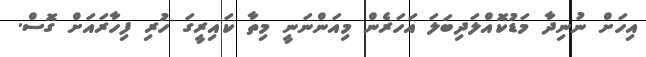
އިހަށް ނުނިދާ މަޑުކޮއްލަދިބަލަ އަހަރެން މިއަންނަނީ މިތާ ކައިރީގަ ހުރި ފިހާރައަށް ގޮސް.